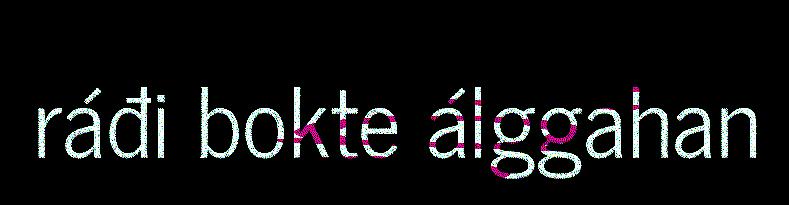
ráđi bokte álggahan